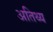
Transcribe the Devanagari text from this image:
अतिथ्य